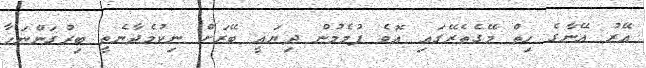
އޭރު އޭނާގެ ހިތް މޭގެތެރޭގައި އޮވެ ފުމެމުން ދިޔައީ ބޭރަށް ނިކުމެދާނެތީ ބިރުގަންނަހާ